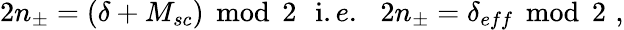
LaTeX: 2n_{\pm}=(\delta+M_{sc})\, \bmod\, 2\, \, \, \, \mathrm{i}.e.\, \, \, \, 2n_{\pm}=\delta_{eff}\, \bmod\, 2\, \, ,